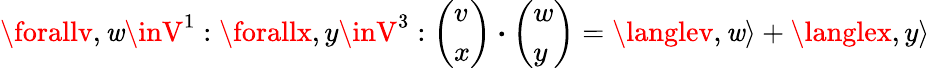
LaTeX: \forallv,\mathit{w}\inV^{1}:\forallx,y\inV^{3}:\left(\begin{array}{l}{v}\\ {x}\end{array}\right)\boldsymbol{\cdot}\left(\begin{array}{l}{w}\\ {y}\end{array}\right)=\langlev,\mathit{w}\rangle+\langlex,y\rangle